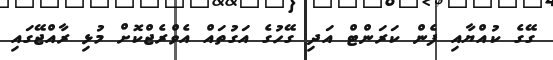
ގޭގެ ކުއްޔާއި ފެން ކަރަންޓް އަދި ގޭހުގެ އަގުތައް އެވްރެޖްކޮށް މުޅި ރާއްޖޭގައި